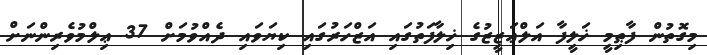
މިގޮތުން ފާޠިމީ ޚަލީފާ އަލްޢަޒީޒުގެ ޚިލާފަތުގައި އަޒްހަރުގައި ކިޔަވައި ދެއްވުމަށް 37 ޢިލްމުވެރިންނަށް